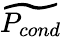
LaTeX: \widetilde{P_{cond}}